Punjab Mental Hospital Lahore 1932-46 - 1932-1946
Year: 1932
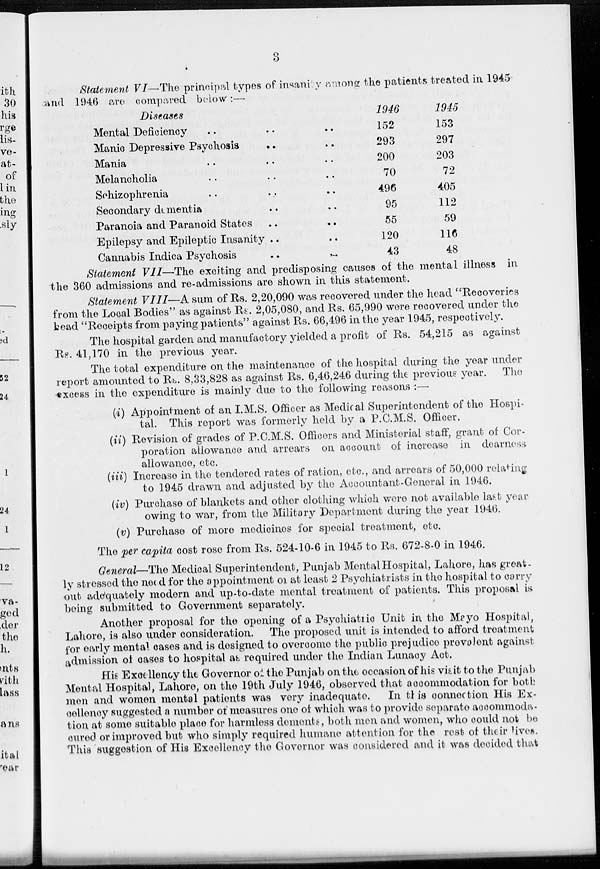
3
Statement VI— The principal types of insanity among the patients treated in 1945
and 1946 are compared below :—
Diseases
Mental Deficiency .. .. ..
Manic Depressive Psychosis .. ..
Mania .. .. ..
Melancholia .. .. ..
Schizophrenia .. .. ..
Secondary dementia .. ..
Paranoia and Paranoid States .. ..
Epilepsy and Epileptic Insanity .. ..
Cannabis Indica Psychosis
..
..
1946
152
293
200
70
496
95
55
120
43
1945
153
297
203
72
405
112
59
116
48
Statement VII—The exciting and predisposing causes of the mental illness in
the 360 admissions and re-admissions are shown in this statement.
Statement VIII—A sum of Rs. 2,20,090 was recovered under the head ''Recoveries
from the Local Bodies" as against Rs. 2,05,080, and Rs. 65,990 were recovered under the
head "Receipts from paying patients" against Rs. 66,496 in the year 1945, respectively.
The hospital garden and manufactory yielded a profit of Rs. 54,215 as against
Rs. 41,170 in the previous year.
The total expenditure on the maintenance of the hospital during the year under
report amounted to Rs. 8,33,828 as against Rs. 6,46,246 during the previous year. The
excess in the expenditure is mainly due to the following reasons :—
(i) Appointment of an I.M.S. Officer as Medical Superintendent of the Hospi-
tal. This report was formerly held by a P.C.M.S. Officer.
(ii) Revision of grades of P.C.M.S. Officers and Ministerial staff, grant of Cor-
poration allowance and arrears on account of increase in dearness
allowance, etc.
(iii) Increase in the tendered rates of ration, etc., and arrears of 50,000 relating
to 1945 drawn and adjusted by the Accountant-General in 1946.
(iv) Purchase of blankets and other clothing which were not available last year
owing to war, from the Military Department during the year 1946.
(v) Purchase of more medicines for special treatment, etc.
The per capita cost rose from Rs. 524-10-6 in 1945 to Rs. 672-8-0 in 1946.
General—The Medical Superintendent, Punjab Mental Hospital, Lahore, has great-
ly stressed the need for the appointment or at least 2 Psychiatrists in the hospital to carry
out adequately modern and up-to-date mental treatment of patients. This proposal is
being submitted to Government separately.
Another proposal for the opening of a Psychiatric Unit in the Mayo Hospital,
Lahore, is also under consideration. The proposed unit is intended to afford treatment
for early mental cases and is designed to overcome the public prejudice prevalent against
admission of cases to hospital as required under the Indian Lunacy Act.
His Excellency the Governor of the Punjab on the occasion of his visit to the Punjab
Mental Hospital, Lahore, on the 19th July 1946, observed that accommodation for both
men and women mental patients was very inadequate.
In this connection His Ex-
cellency suggested a number of measures one of which was to provide separate accommoda-
tion at some suitable place for harmless dements, both men and women, who could not be
cured or improved but who simply required humane attention for the rest of their lives.
This suggestion of His Excellency the Governor was considered and it was decided that